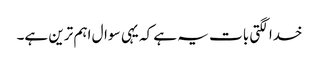
خدا لگتی بات یہ ہے کہ یہی سوال اہم ترین ہے۔